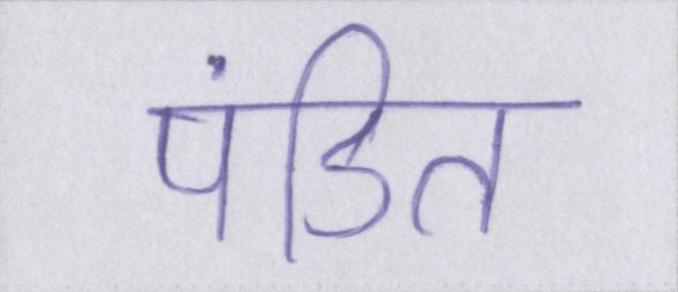
पंडित